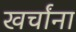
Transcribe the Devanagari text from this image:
खर्चांना